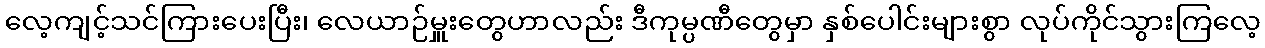
လေ့ကျင့်သင်ကြားပေးပြီး၊ လေယာဉ်မှူးတွေဟာလည်း ဒီကုမ္ပဏီတွေမှာ နှစ်ပေါင်းများစွာ လုပ်ကိုင်သွားကြလေ့